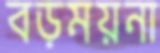
বড়ময়না